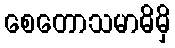
စေတောသမာဓိမှိ